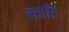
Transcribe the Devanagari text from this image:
साप्ति